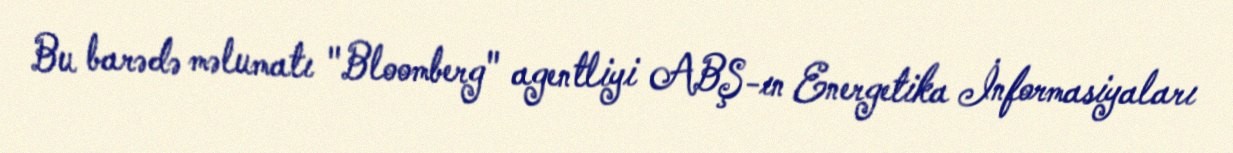
Bu barədə məlumatı "Bloomberg" agentliyi ABŞ-ın Energetika İnformasiyaları